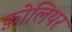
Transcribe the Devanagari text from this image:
फ़ोलियर